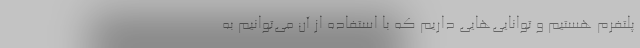
پلتفرم هستیم و توانایی‌هایی داریم که با استفاده از آن می‌توانیم به